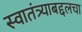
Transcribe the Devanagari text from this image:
स्वातंत्र्याबद्दलचा